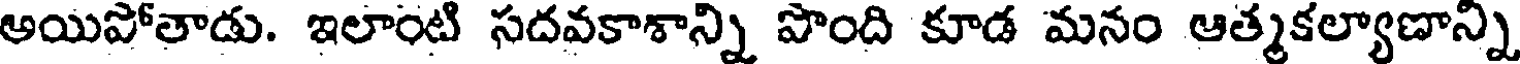
అయిపోతాడు. ఇలాంటి సదవకాశాన్ని పొంది కూడ మనం ఆత్మకల్యాణాన్ని